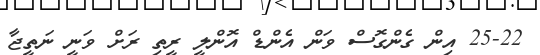
25-22 އިން ގެންގޮސް ވަން އެންޑް އޮންލީ ރީތި ރަށް ވަނީ ނަތީޖާ